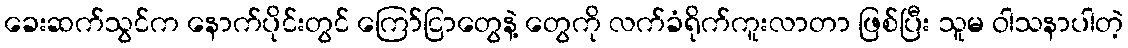
ခေးဆက်သွင်က နောက်ပိုင်းတွင် ကြော်ငြာတွေနဲ့ တွေကို လက်ခံရိုက်ကူးလာတာ ဖြစ်ပြီး သူမ ဝါသနာပါတဲ့